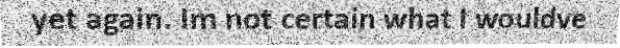
yet again. Im not certain what I wouldve